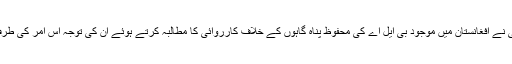
اب ایک بار پھر زلمے خلیل زاد سے ملاقات میں وزیر خارجہ شاہ محمود قریشی نے افغانستان میں موجود بی ایل اے کی محفوظ پناہ گاہوں کے خلاف کارروائی کا مطالبہ کرتے ہوئے ان کی توجہ اس امر کی طرف دلائی کہ بھارت افغانستان میں قیام امن کی کوششوں کو بھی متاثر کررہا ہے۔